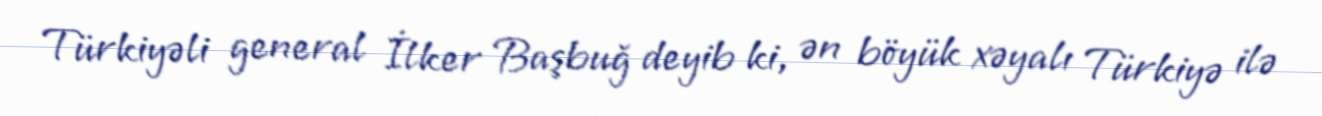
Türkiyəli general İlker Başbuğ deyib ki, ən böyük xəyalı Türkiyə ilə